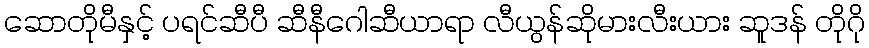
ဆောတိုမီနှင့် ပရင်ဆီပီ ဆီနီဂေါဆီယာရာ လီယွန်ဆိုမားလီးယား ဆူဒန် တိုဂို